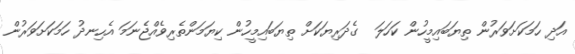
އަދި ހަމަކަށަވަރުން ތިޔަބައިމީހުން ކަހަލަ  ގެދަރިޔަކަށް ތިޔަބައިމީހުން ކިޔަމަންތެރިވެއްޖެނަމަ އެހިނދު ހަމަކަށަވަރުން